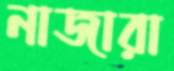
নাজারা